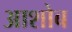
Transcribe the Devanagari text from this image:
आशोब